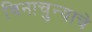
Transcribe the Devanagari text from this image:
विनाचुन्याचे